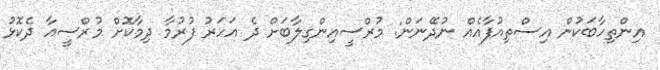
އިންތިހާބަކުން އިސްތިއުފާއެއް ނުދޭނަން: މުރްސީއިންގިލާބަށް ދެ އަހަރު ފުރުމާ ދިމާކޮށް މުރްސީއާ ދެކޮޅު